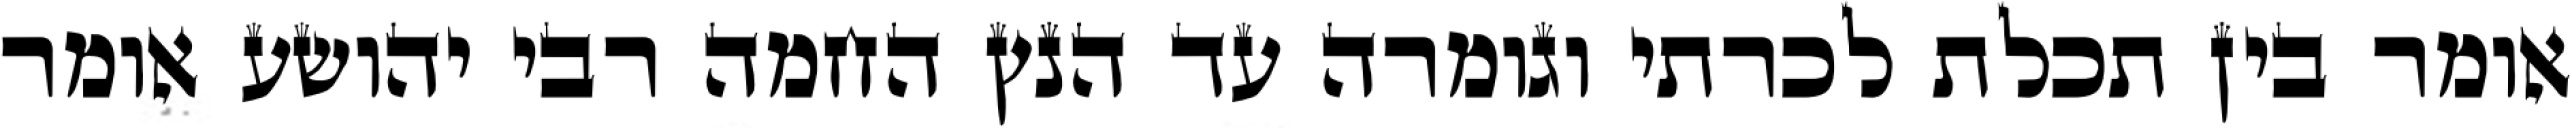
אומר בין תכלת לכרתי וגומרה עד הנץ החמה רבי יהושע אומר